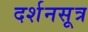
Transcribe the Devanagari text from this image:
दर्शनसूत्र